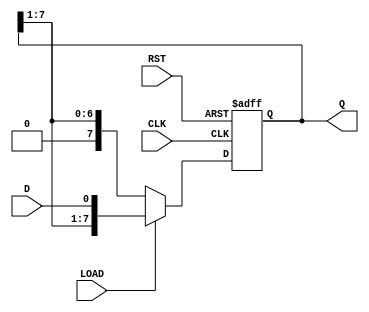
module ParameterizedShiftRegister #(
    parameter N = 8 // Default width of the shift register
)(
    input wire D,          // Data input bit
    input wire CLK,        // Clock signal
    input wire RST,        // Asynchronous reset signal
    input wire LOAD,       // Load signal
    output reg [N-1:0] Q   // Data output
);

    // Internal register to hold the value of the shift register
    reg [N-1:0] shift_reg;

    // Always block triggered on the rising edge of CLK
    always @(posedge CLK or posedge RST) begin
        if (RST) begin
            // Reset the shift register to zero
            shift_reg <= 0;
        end else if (LOAD) begin
            // Load the new data bit into the LSB
            shift_reg <= {shift_reg[N-1:1], D};
        end else begin
            // Shift the contents to the right
            shift_reg <= {1'b0, shift_reg[N-1:1]};
        end
    end

    // Assign the output to the current contents of the shift register
    assign Q = shift_reg;

endmodule